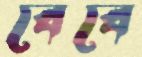
বেবে